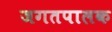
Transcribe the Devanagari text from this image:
जगतपालक